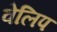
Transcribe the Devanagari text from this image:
वेलिप